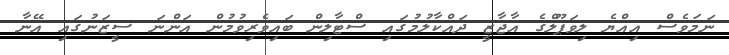
ނަމަވެސް އިއްޔެ ލިވަޕޫލްގެ އާޖާޒީ ދައްކާލުމުގައި ސްޓާލިން ބައިވެރިވުމުން އަންނަ ސީޒަނުގައި އޭނާ